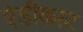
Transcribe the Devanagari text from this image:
एंडीकाट